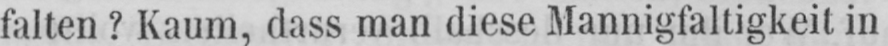
falten? Kaum, dass man diese Mannigfaltigkeit in